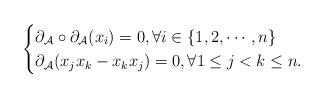
LaTeX: \begin{align*}\begin{cases}\partial_{\mathcal{A}}\circ \partial_{\mathcal{A}}(x_i) = 0, \forall i\in\{1,2,\cdots,n\} \\\partial_{\mathcal{A}}(x_jx_k-x_kx_j) = 0, \forall 1\le j<k\le n.\end{cases}\end{align*}